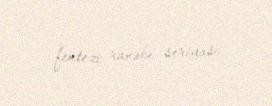
fentezi ranobe seriyası.